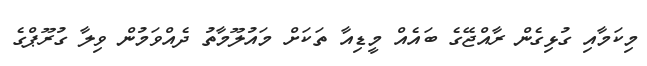
މިކަމާއި ގުޅިގެން ރާއްޖޭގެ ބައެއް މީޑިއާ ތަކަށް މައުލޫމާތު ދެއްވަމުން ވިލާ ގުރޫޕްގެ